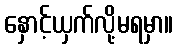
နှောင့်ယှက်လို့မရမှာ။